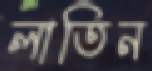
লাতিন